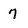
Character: 7